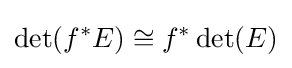
\det(f^{*}E)\cong f^{*}\det(E)